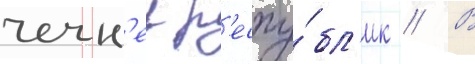
чечн'еи р'еспу́бл'ик // В